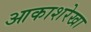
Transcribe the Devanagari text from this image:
आकाशरेखा